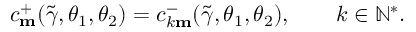
c _ { \mathbf { m } } ^ { + } ( \widetilde { \gamma } , \theta _ { 1 } , \theta _ { 2 } ) = c _ { k \mathbf { m } } ^ { - } ( \widetilde { \gamma } , \theta _ { 1 } , \theta _ { 2 } ) , \qquad k \in \mathbb { N } ^ { * } .